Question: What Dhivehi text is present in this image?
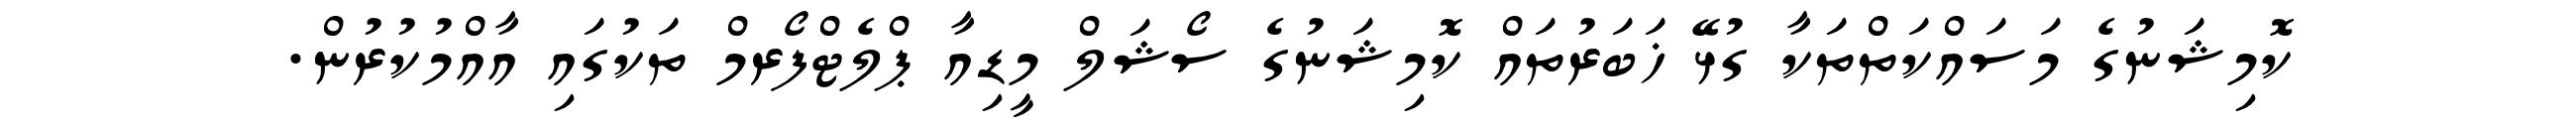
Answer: ކޮމިޝަނުގެ މަސައްކަތްތަކާ ގުޅޭ ޚަބަރުތައް ކޮމިޝަނުގެ ސޯޝަލް މީޑިއާ ޕްލެޓްފޯރމް ތަކުގައި އާއްމުކުރުން.